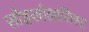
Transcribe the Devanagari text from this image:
सोइकोलाजिस्ट